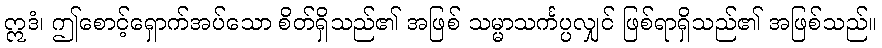
ဣဒံ၊ ဤစောင့်ရှောက်အပ်သော စိတ်ရှိသည်၏ အဖြစ် သမ္မာသင်္ကပ္ပလျှင် ဖြစ်ရာရှိသည်၏ အဖြစ်သည်။